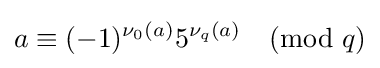
a\equiv (-1)^{\nu _{0}(a)}5^{\nu _{q}(a)}{\pmod {q}}